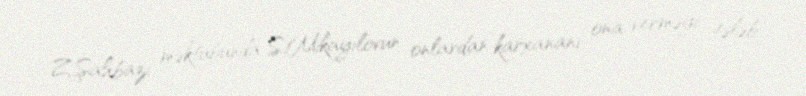
Z.Şahbazi məktubunda S.Mikayılovun onlardan karxananı ona verməyi tələb